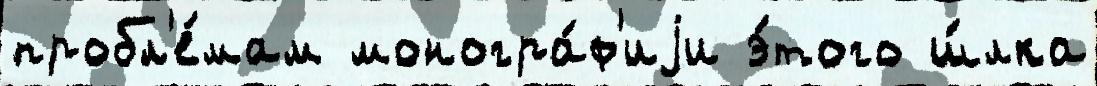
пробл'е́мам моногра́ф'иjи э́того ш́лка